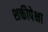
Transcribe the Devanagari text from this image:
शक्तीपेक्षा